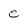
Character: c